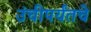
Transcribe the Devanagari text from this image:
उंचीपर्यंतचे